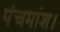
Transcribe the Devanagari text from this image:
पंचमांश।